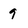
Character: 9